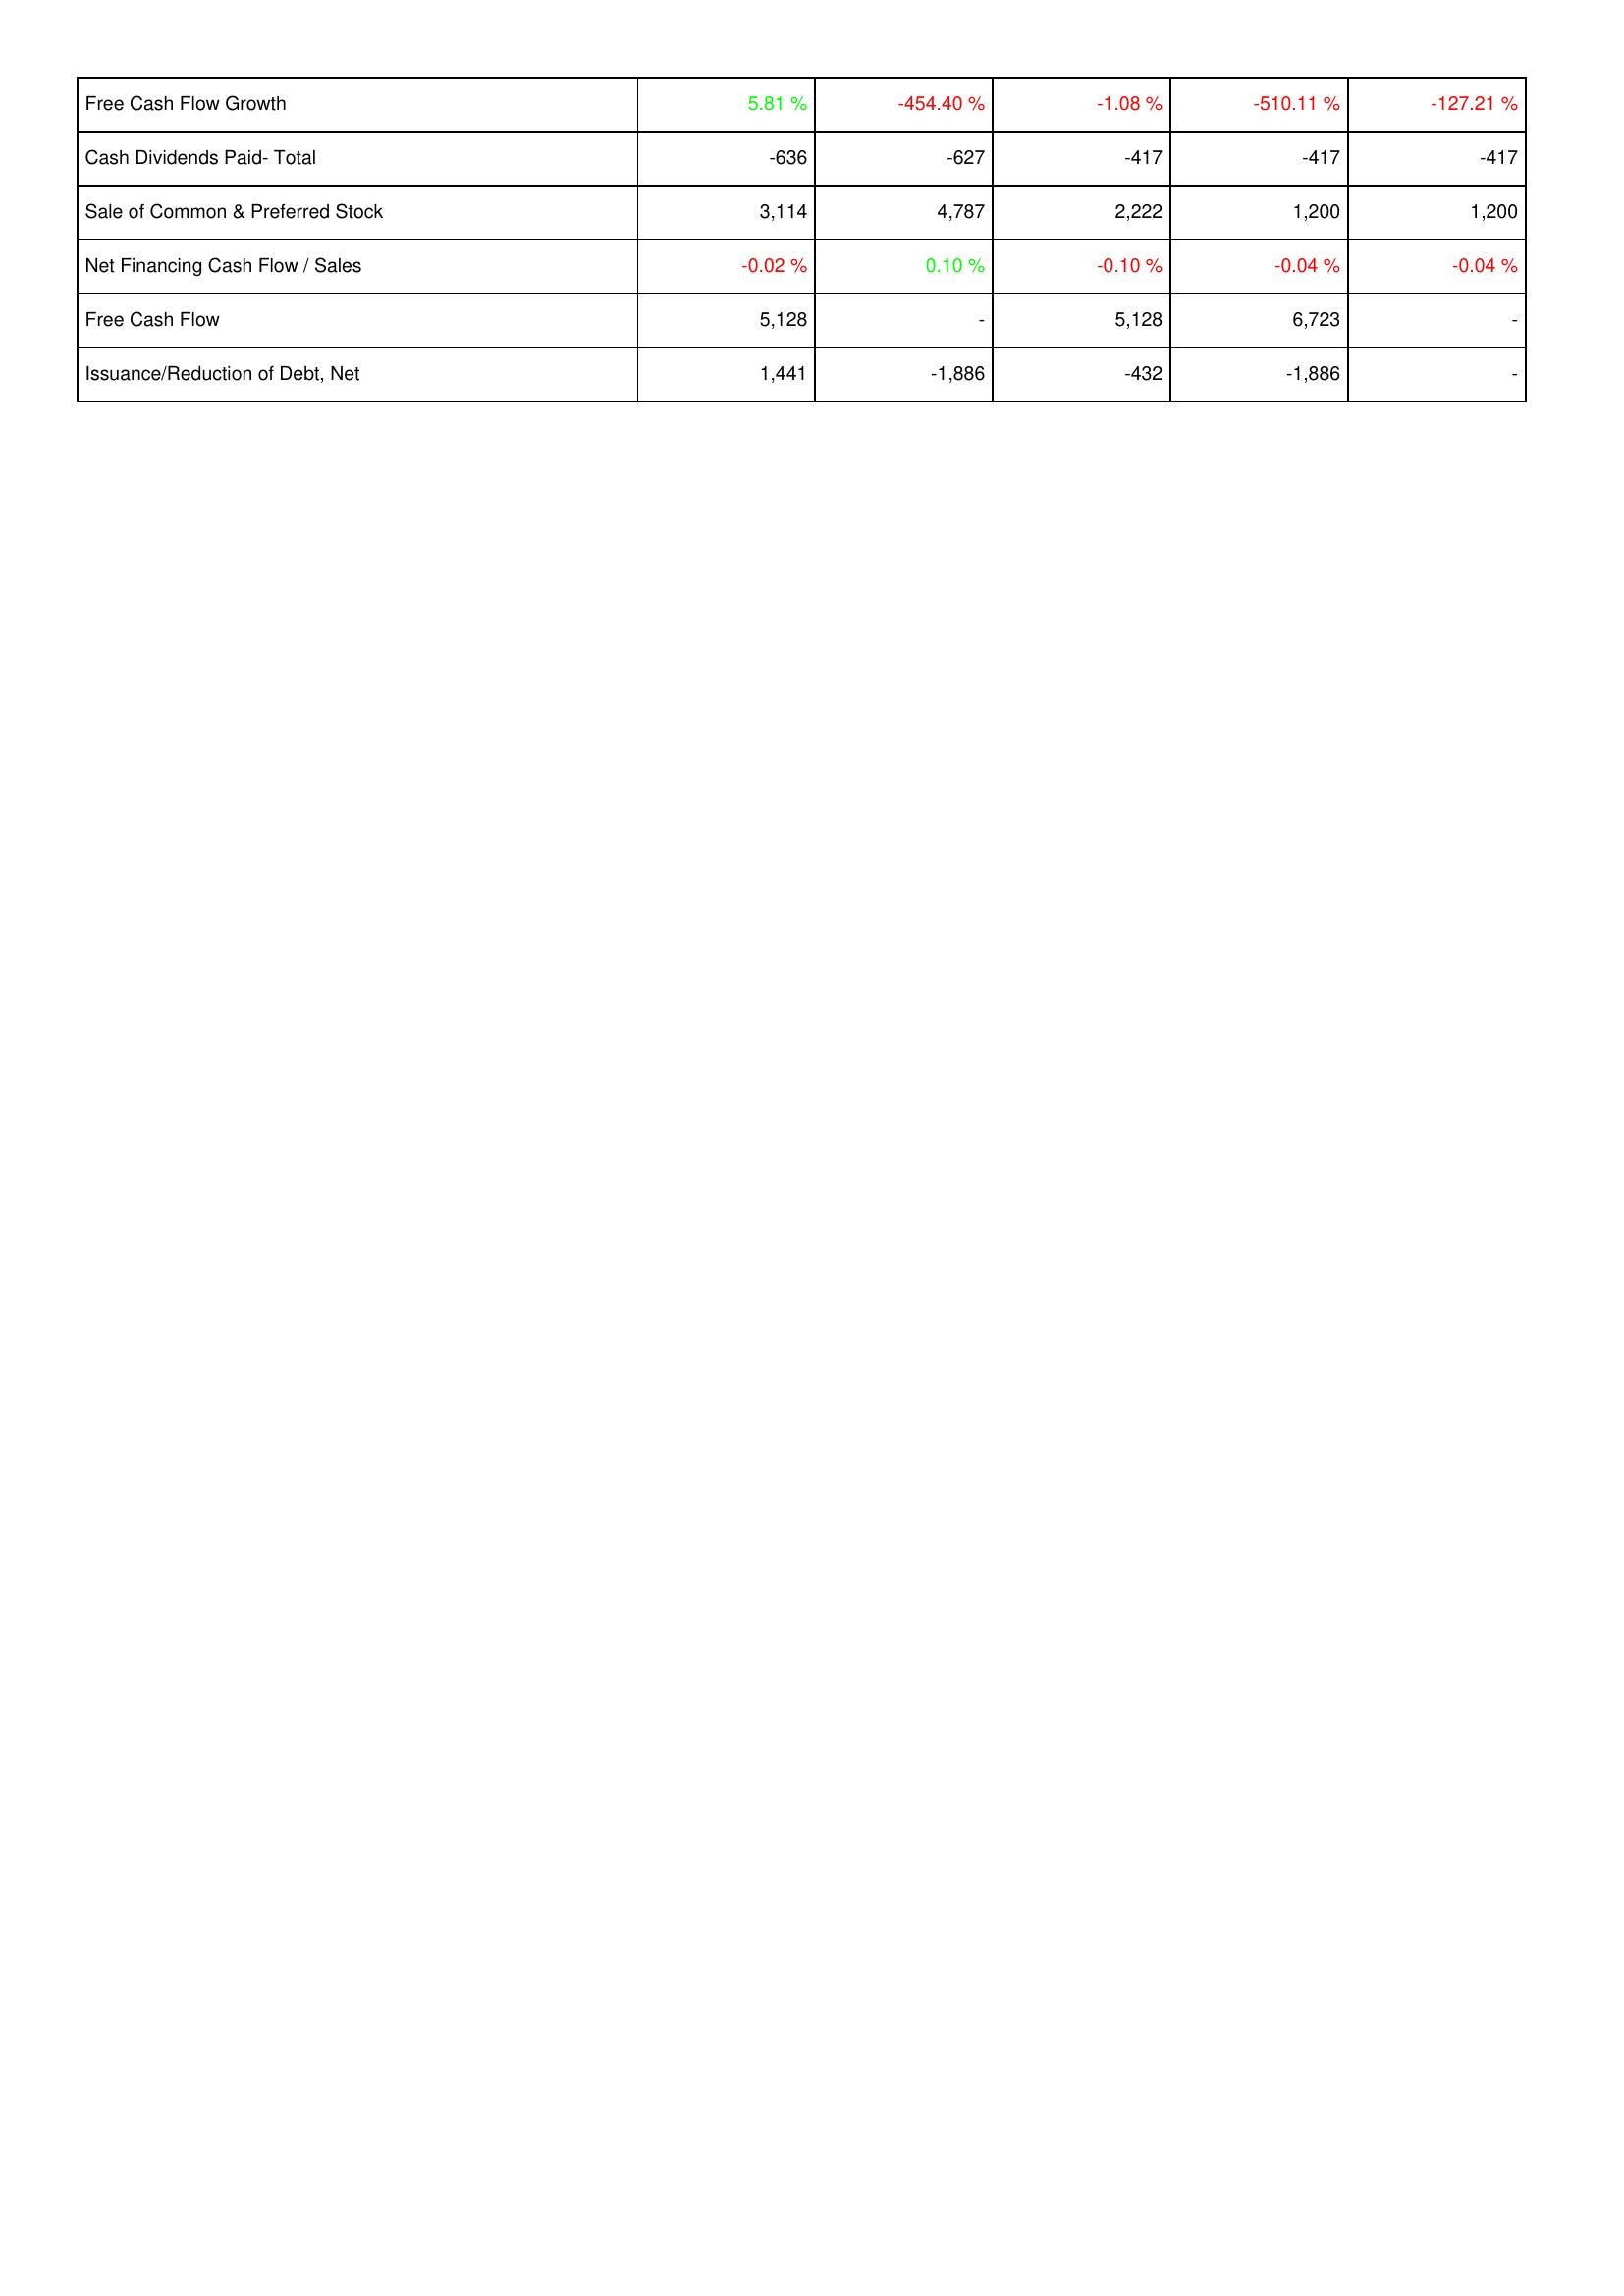
2020: Financing Activities: Free Cash Flow Growth: 5.81 %
Cash Dividends Paid- Total: -636
Sale of Common & Preferred Stock: 3,114
Net Financing Cash Flow / Sales: -0.02 %
Free Cash Flow: 5,128
Issuance/Reduction of Debt, Net: 1,441
2019: Financing Activities: Free Cash Flow Growth: -454.40 %
Cash Dividends Paid- Total: -627
Sale of Common & Preferred Stock: 4,787
Net Financing Cash Flow / Sales: 0.10 %
Free Cash Flow: -
Issuance/Reduction of Debt, Net: -1,886
2018: Financing Activities: Free Cash Flow Growth: -1.08 %
Cash Dividends Paid- Total: -417
Sale of Common & Preferred Stock: 2,222
Net Financing Cash Flow / Sales: -0.10 %
Free Cash Flow: 5,128
Issuance/Reduction of Debt, Net: -432
2017: Financing Activities: Free Cash Flow Growth: -510.11 %
Cash Dividends Paid- Total: -417
Sale of Common & Preferred Stock: 1,200
Net Financing Cash Flow / Sales: -0.04 %
Free Cash Flow: 6,723
Issuance/Reduction of Debt, Net: -1,886
2016: Financing Activities: Free Cash Flow Growth: -127.21 %
Cash Dividends Paid- Total: -417
Sale of Common & Preferred Stock: 1,200
Net Financing Cash Flow / Sales: -0.04 %
Free Cash Flow: -
Issuance/Reduction of Debt, Net: -